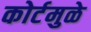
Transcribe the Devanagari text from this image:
कोर्टमुळे